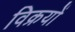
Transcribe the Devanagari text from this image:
विक्रयों